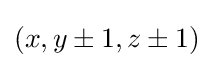
\textstyle (x,y\pm 1,z\pm 1)